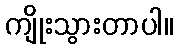
ကျိုးသွားတာပါ။